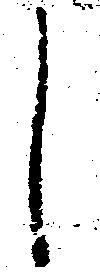
し